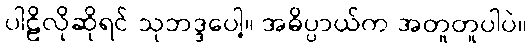
ပါဠိလိုဆိုရင် သုဘဒ္ဒပေါ့။ အဓိပ္ပာယ်က အတူတူပါပဲ။